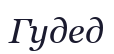
Гудед